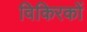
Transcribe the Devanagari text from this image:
विकिरकों